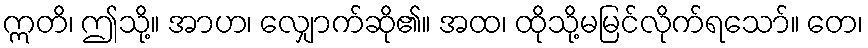
ဣတိ၊ ဤသို့။ အာဟ၊ လျှောက်ဆို၏။ အထ၊ ထိုသို့မမြင်လိုက်ရသော်။ တေ၊